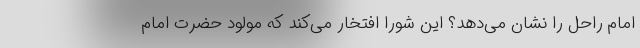
امام راحل را نشان می‌دهد؟ این شورا افتخار می‌کند که مولود حضرت امام